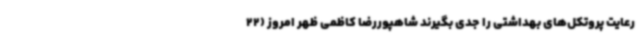
رعایت پروتکل‌های بهداشتی را جدی بگیرند شاهپوررضا کاظمی ظهر امروز (22